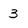
Character: 3